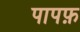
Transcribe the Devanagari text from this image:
पापफ़